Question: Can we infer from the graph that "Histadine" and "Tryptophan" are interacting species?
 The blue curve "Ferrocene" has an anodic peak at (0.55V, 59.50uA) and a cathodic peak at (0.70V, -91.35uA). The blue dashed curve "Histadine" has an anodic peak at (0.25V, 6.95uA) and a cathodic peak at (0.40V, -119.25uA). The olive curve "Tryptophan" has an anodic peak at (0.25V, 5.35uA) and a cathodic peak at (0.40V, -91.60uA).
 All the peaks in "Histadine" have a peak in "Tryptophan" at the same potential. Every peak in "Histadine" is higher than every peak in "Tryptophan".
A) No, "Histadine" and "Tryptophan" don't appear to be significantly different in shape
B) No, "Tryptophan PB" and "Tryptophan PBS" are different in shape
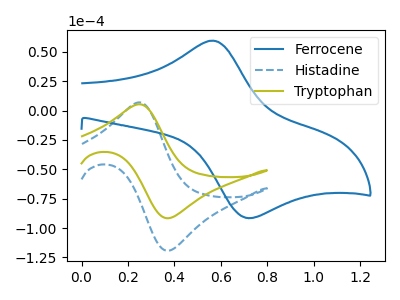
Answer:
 <answer>A) No, "Histadine" and "Tryptophan" don't appear to be significantly different in shape</answer>
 <eval>A</eval>